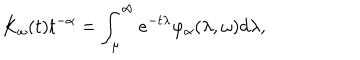
LaTeX: K _ { \omega } ( t ) t ^ { - \alpha } = \int _ { \mu } ^ { \infty } e ^ { - t \lambda } \varphi _ { \alpha } ( \lambda , \omega ) d \lambda ,